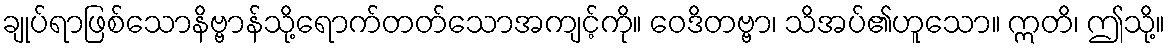
ချုပ်ရာဖြစ်သောနိဗ္ဗာန်သို့ရောက်တတ်သောအကျင့်ကို။ ဝေဒိတဗ္ဗာ၊ သိအပ်၏ဟူသော။ ဣတိ၊ ဤသို့။